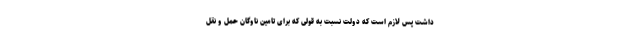
داشت پس لازم است که دولت نسبت به قولی که برای تامین ناوگان حمل و نقل